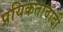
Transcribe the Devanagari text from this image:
प्रयिकतावादी